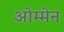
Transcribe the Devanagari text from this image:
ओम्मेन